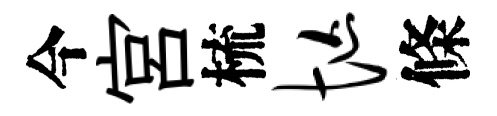
今宫梳忙條